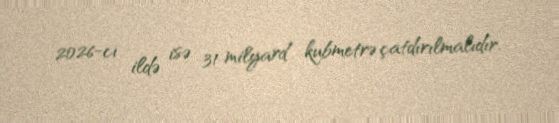
2026-cı ildə isə 31 milyard kubmetrə çatdırılmalıdır.